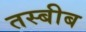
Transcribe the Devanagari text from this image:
तस्बीब